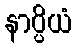
နာပ္ပိယံ